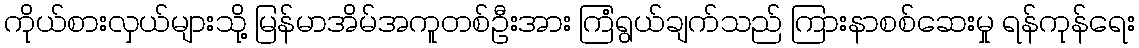
ကိုယ်စားလှယ်များသို့ မြန်မာအိမ်အကူတစ်ဦးအား ကြံရွယ်ချက်သည် ကြားနာစစ်ဆေးမှု ရန်ကုန်ရေး